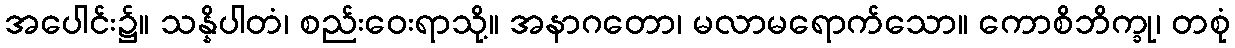
အပေါင်း၌။ သန္နိပါတံ၊ စည်းဝေးရာသို့။ အနာဂတော၊ မလာမရောက်သော။ ကောစိဘိက္ခု၊ တစုံ